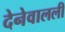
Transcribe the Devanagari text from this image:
देनेवालली